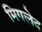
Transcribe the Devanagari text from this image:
मिगलेद